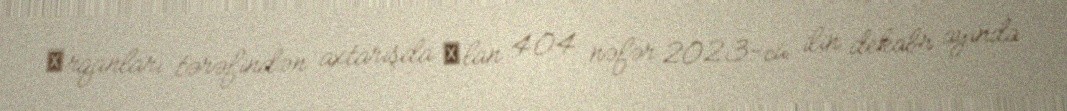
оrqanları tərəfindən axtarışda оlan 404 nəfər 2023-cü ilin dekabr ayında